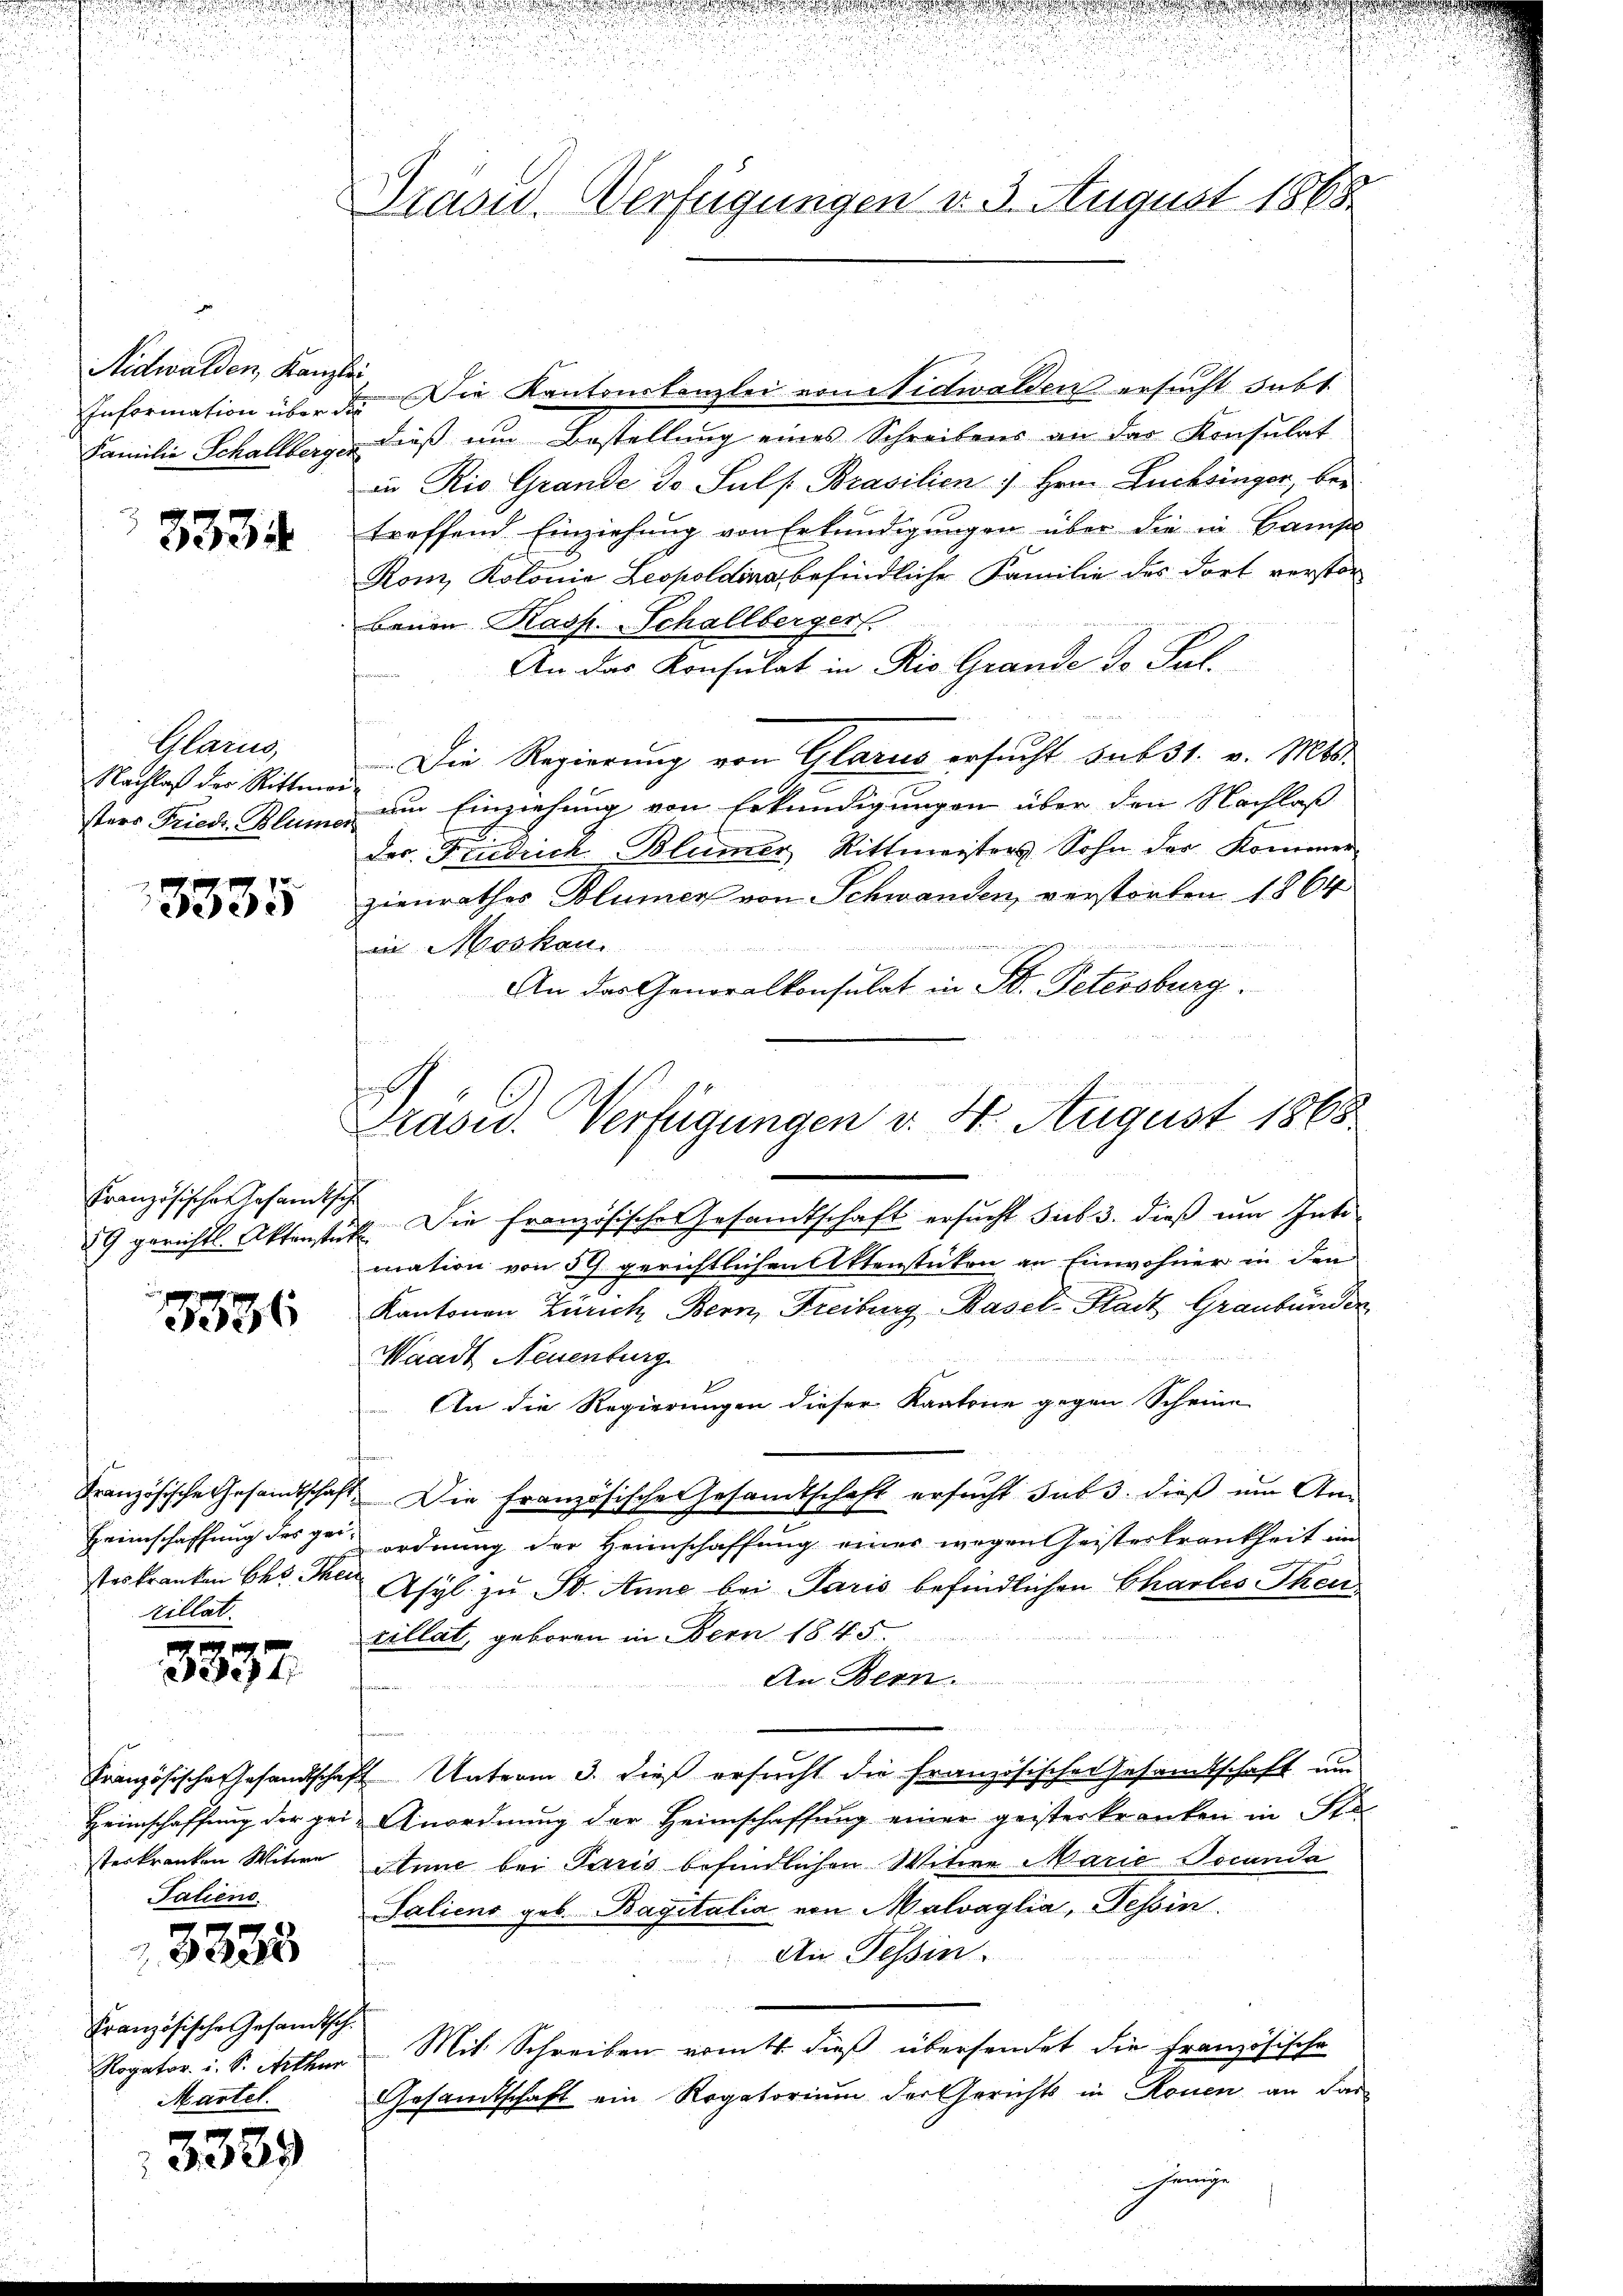
Aidwalden, Kanzl

3334

Glarus,
Nachlaß der Ritter
sters Friedr. Blum

Französische Gesandtsch

2

3335

8336

rillat

g p
Die

steskranken Witwe
Taliene

3235

Französische Gesandtsch.
Rogator i. S. Arthur
Martel.

3339

Prasid. Verfügungen v. 3. August 1868

be
Information über der Die Kantonskanzlei von Nidwalden ersucht subt.
Familie Schallberg dieß um Bestellung eines Schreibens an das Konsulat
in Rio Grande d. Suls Brasilien Hrn. Luchsinger, ber
treffend Einziehung von Erkundigungen über die in Baus
Rom, Kolonia Leopoldina befindliche Familie des dort verstor
bauen Kasp. Schallberger.
An das Konsulat in Rio Grande de Pul
Die Regierung von Glarus ersucht sub 31. v. Mts.
um Einziehung von Erkundigungen über den Nachlaß
der Friedrich Blümer Rittmeisters Sohn der Kommer
zienrathes Blumen von Schwanden, verstorben 1864
iin Moskau
An das Generalkonsulat in B. Petersburg.
89 gerichtl. Aktenstück. Die französische Gesandtschaft ersucht sub 3. dieß um Intimation von 59 gerichtlichen Aktenstücken an Einwohner in den
Kantonen Zürich, Bern, Freiburg, Basel-Stadt Graubünder
Waadt Neuenburg
An die Regierungen dieser Kantone gegen Scheine
Französische Gesandtschaft. Die Französische Gesandtschaft ersucht sub 3. dieß um An¬
Heimschaffung des zu ordnung der Heimschaffung einer wegen Geisterkrankheit im
steskranken bei der Asyl zu St. Anne bei Paris befindlichen Chartes Theicillat, geboren in Bern 1845.
An Bern.
Französische Gesandtschaft Unterm 3. dieß ersucht die Französischer Gesamtschaft um
Heimschaffung der gei- Anordnung der Heimschaffung einer geisterkranken in Ste
Anne bei Paris befindlichen Witwe Marie Tocanda
Saliens geb. Bagitalia von Malvaglia, Tessin.
Ai Tessin.
Mit Schreiben romt dieß übersendet die Französische
Gesandtschaft ein Rogatorium der Gerichts in Rouen an das
hänige

e
Präsid.. Verfügungen v. 4. August 1868